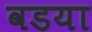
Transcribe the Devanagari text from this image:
वडया